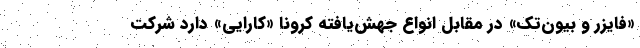
«فایزر و بیون‌تک» در مقابل انواع جهش‌یافته کرونا «کارایی» دارد شرکت